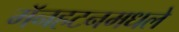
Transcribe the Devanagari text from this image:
मॅनहटनमधले